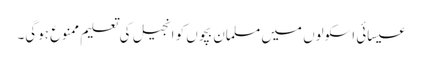
عیسائی اسکولوں میں مسلمان بچوں کو انجیل کی تعلیم ممنوع ہوگی۔